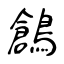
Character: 鶬